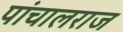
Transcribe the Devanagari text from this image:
पांचालराज